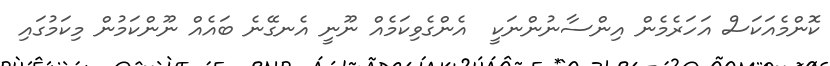
ކޮންމެއަކަސް އަހަރެމެން އިންސާނުންނަކީ  އެންގެވިކަމެއް ނޫނީ އެނގޭނެ ބައެއް ނޫންކަމުން މިކަމުގައި